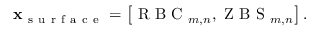
\mathbf x _ { \mathrm { ~ s ~ u ~ r ~ f ~ a ~ c ~ e ~ } } = \left[ \mathrm { ~ R ~ B ~ C ~ } _ { m , n } , \mathrm { ~ Z ~ B ~ S ~ } _ { m , n } \right] .